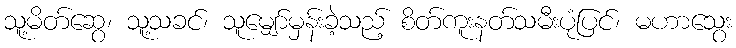
သူ့မိတ်ဆွေ၊ သူ့သခင်၊ သူမျှော်မှန်းခဲ့သည့် စိတ်ကူးနတ်သမီးပုံပြင်၊ မဟာသွေး